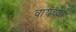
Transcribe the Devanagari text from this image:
वायंच्या